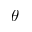
\theta